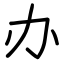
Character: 办